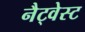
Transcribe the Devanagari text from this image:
नैट्वेस्ट